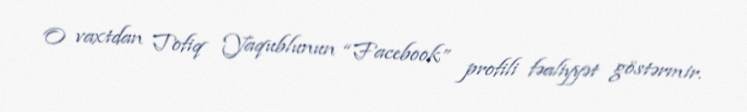
O vaxtdan Tofiq Yaqublunun “Facebook” profili fəaliyyət göstərmir.